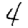
Digit: 4